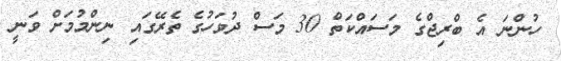
ހުންނަ އެ ބްރިޖްގެ މަސައްކަތް 30 މަސް ދުވަހުގެ ތެރޭގައި ނިންމުމަށް ވަނީ